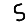
Digit: 5